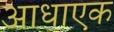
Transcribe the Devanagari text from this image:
आधाएक